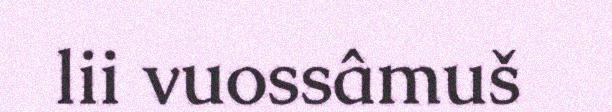
lii vuossâmuš